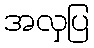
အလှပြ